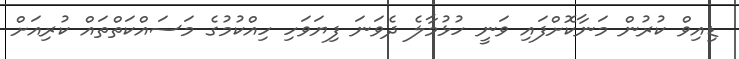
ޑިއިވް ކުރުން މަނާކޮށްފައި ވަނީ ހުޅުމާލެ ދެވަނަ ފިޔަވަހި ހިއްކުމުގެ މަސައްކަތްތައް ކުރިއަށް